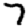
Digit: 7